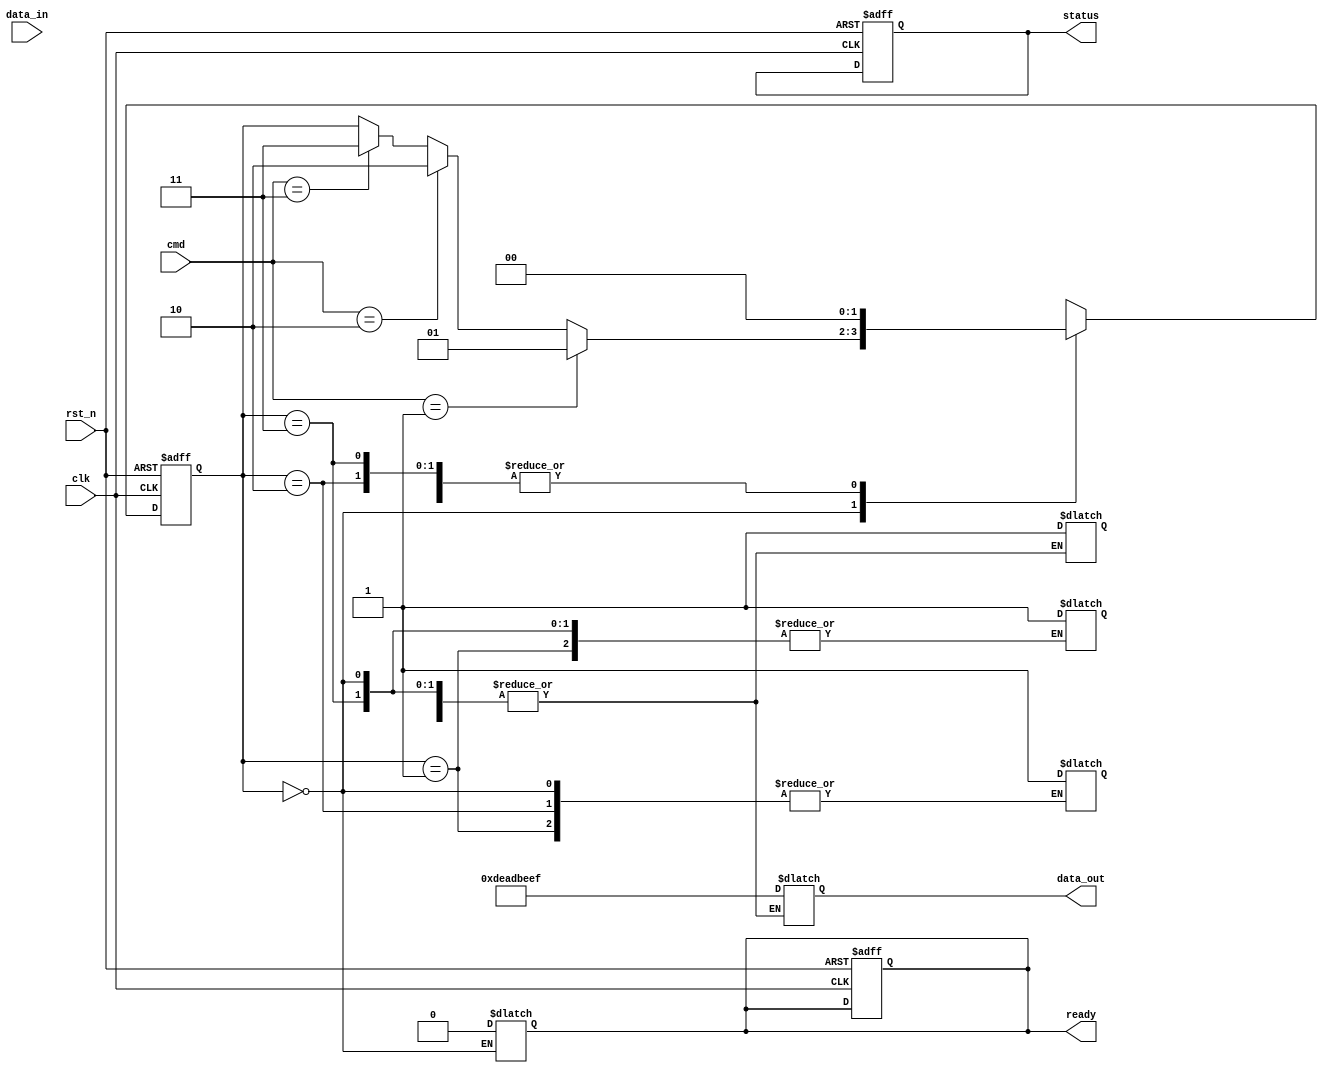
module qlc_nand_io_block (
    input wire clk,
    input wire rst_n,
    input wire [3:0] cmd,             // Command input (4 bit)
    input wire [31:0] data_in,        // Data input from controller
    output reg [31:0] data_out,       // Data output to controller
    output reg ready,                 // Ready signal to controller
    output reg [7:0] status           // Status register
);

// Command definitions
localparam CMD_READ   = 4'b0001; // READ command
localparam CMD_PROGRAM = 4'b0010; // PROGRAM command
localparam CMD_ERASE  = 4'b0011; // ERASE command
localparam CMD_IDLE   = 4'b0000; // IDLE command

// State definitions
localparam STATE_IDLE     = 2'b00;
localparam STATE_READ     = 2'b01;
localparam STATE_PROGRAM  = 2'b10;
localparam STATE_ERASE    = 2'b11;

reg [1:0] state, next_state; // State machine
reg [31:0] data_reg;         // Data latch for inputs
reg error_flag;              // Error flag for error correction

// Command Decoder
always @(posedge clk or negedge rst_n) begin
    if (!rst_n) begin
        state <= STATE_IDLE;
        ready <= 1;
        status <= 8'b00000000; // Reset status register
    end else begin
        state <= next_state;
    end
end

// State Transition Logic
always @(*) begin
    next_state = state; // Default case
    case (state)
        STATE_IDLE: begin
            if (cmd == CMD_READ) begin
                next_state = STATE_READ;
            end else if (cmd == CMD_PROGRAM) begin
                next_state = STATE_PROGRAM;
            end else if (cmd == CMD_ERASE) begin
                next_state = STATE_ERASE;
            end
        end
        STATE_READ: begin
            ready = 0; // Busy signal as operation ongoing
            // Simulate reading data (In real design, read from NAND array)
            data_out = 32'hDEADBEEF; // Example data (to be replaced with actual read)
            status[0] = 1; // Operation status
            next_state = STATE_IDLE; // Go back to idle
        end
        STATE_PROGRAM: begin
            data_reg = data_in; // Latch input data
            ready = 0;
            // Simulating programming operation (In real design, program to NAND array)
            status[1] = 1; // Indicate successful program
            next_state = STATE_IDLE; // Go back to idle
        end
        STATE_ERASE: begin
            ready = 0;
            // Simulating erase operation (In real design, erase the NAND block)
            status[2] = 1; // Indicate successful erase
            next_state = STATE_IDLE; // Go back to idle
        end
        default: begin
            next_state = STATE_IDLE; // Fallback to idle
        end
    endcase
end

endmodule